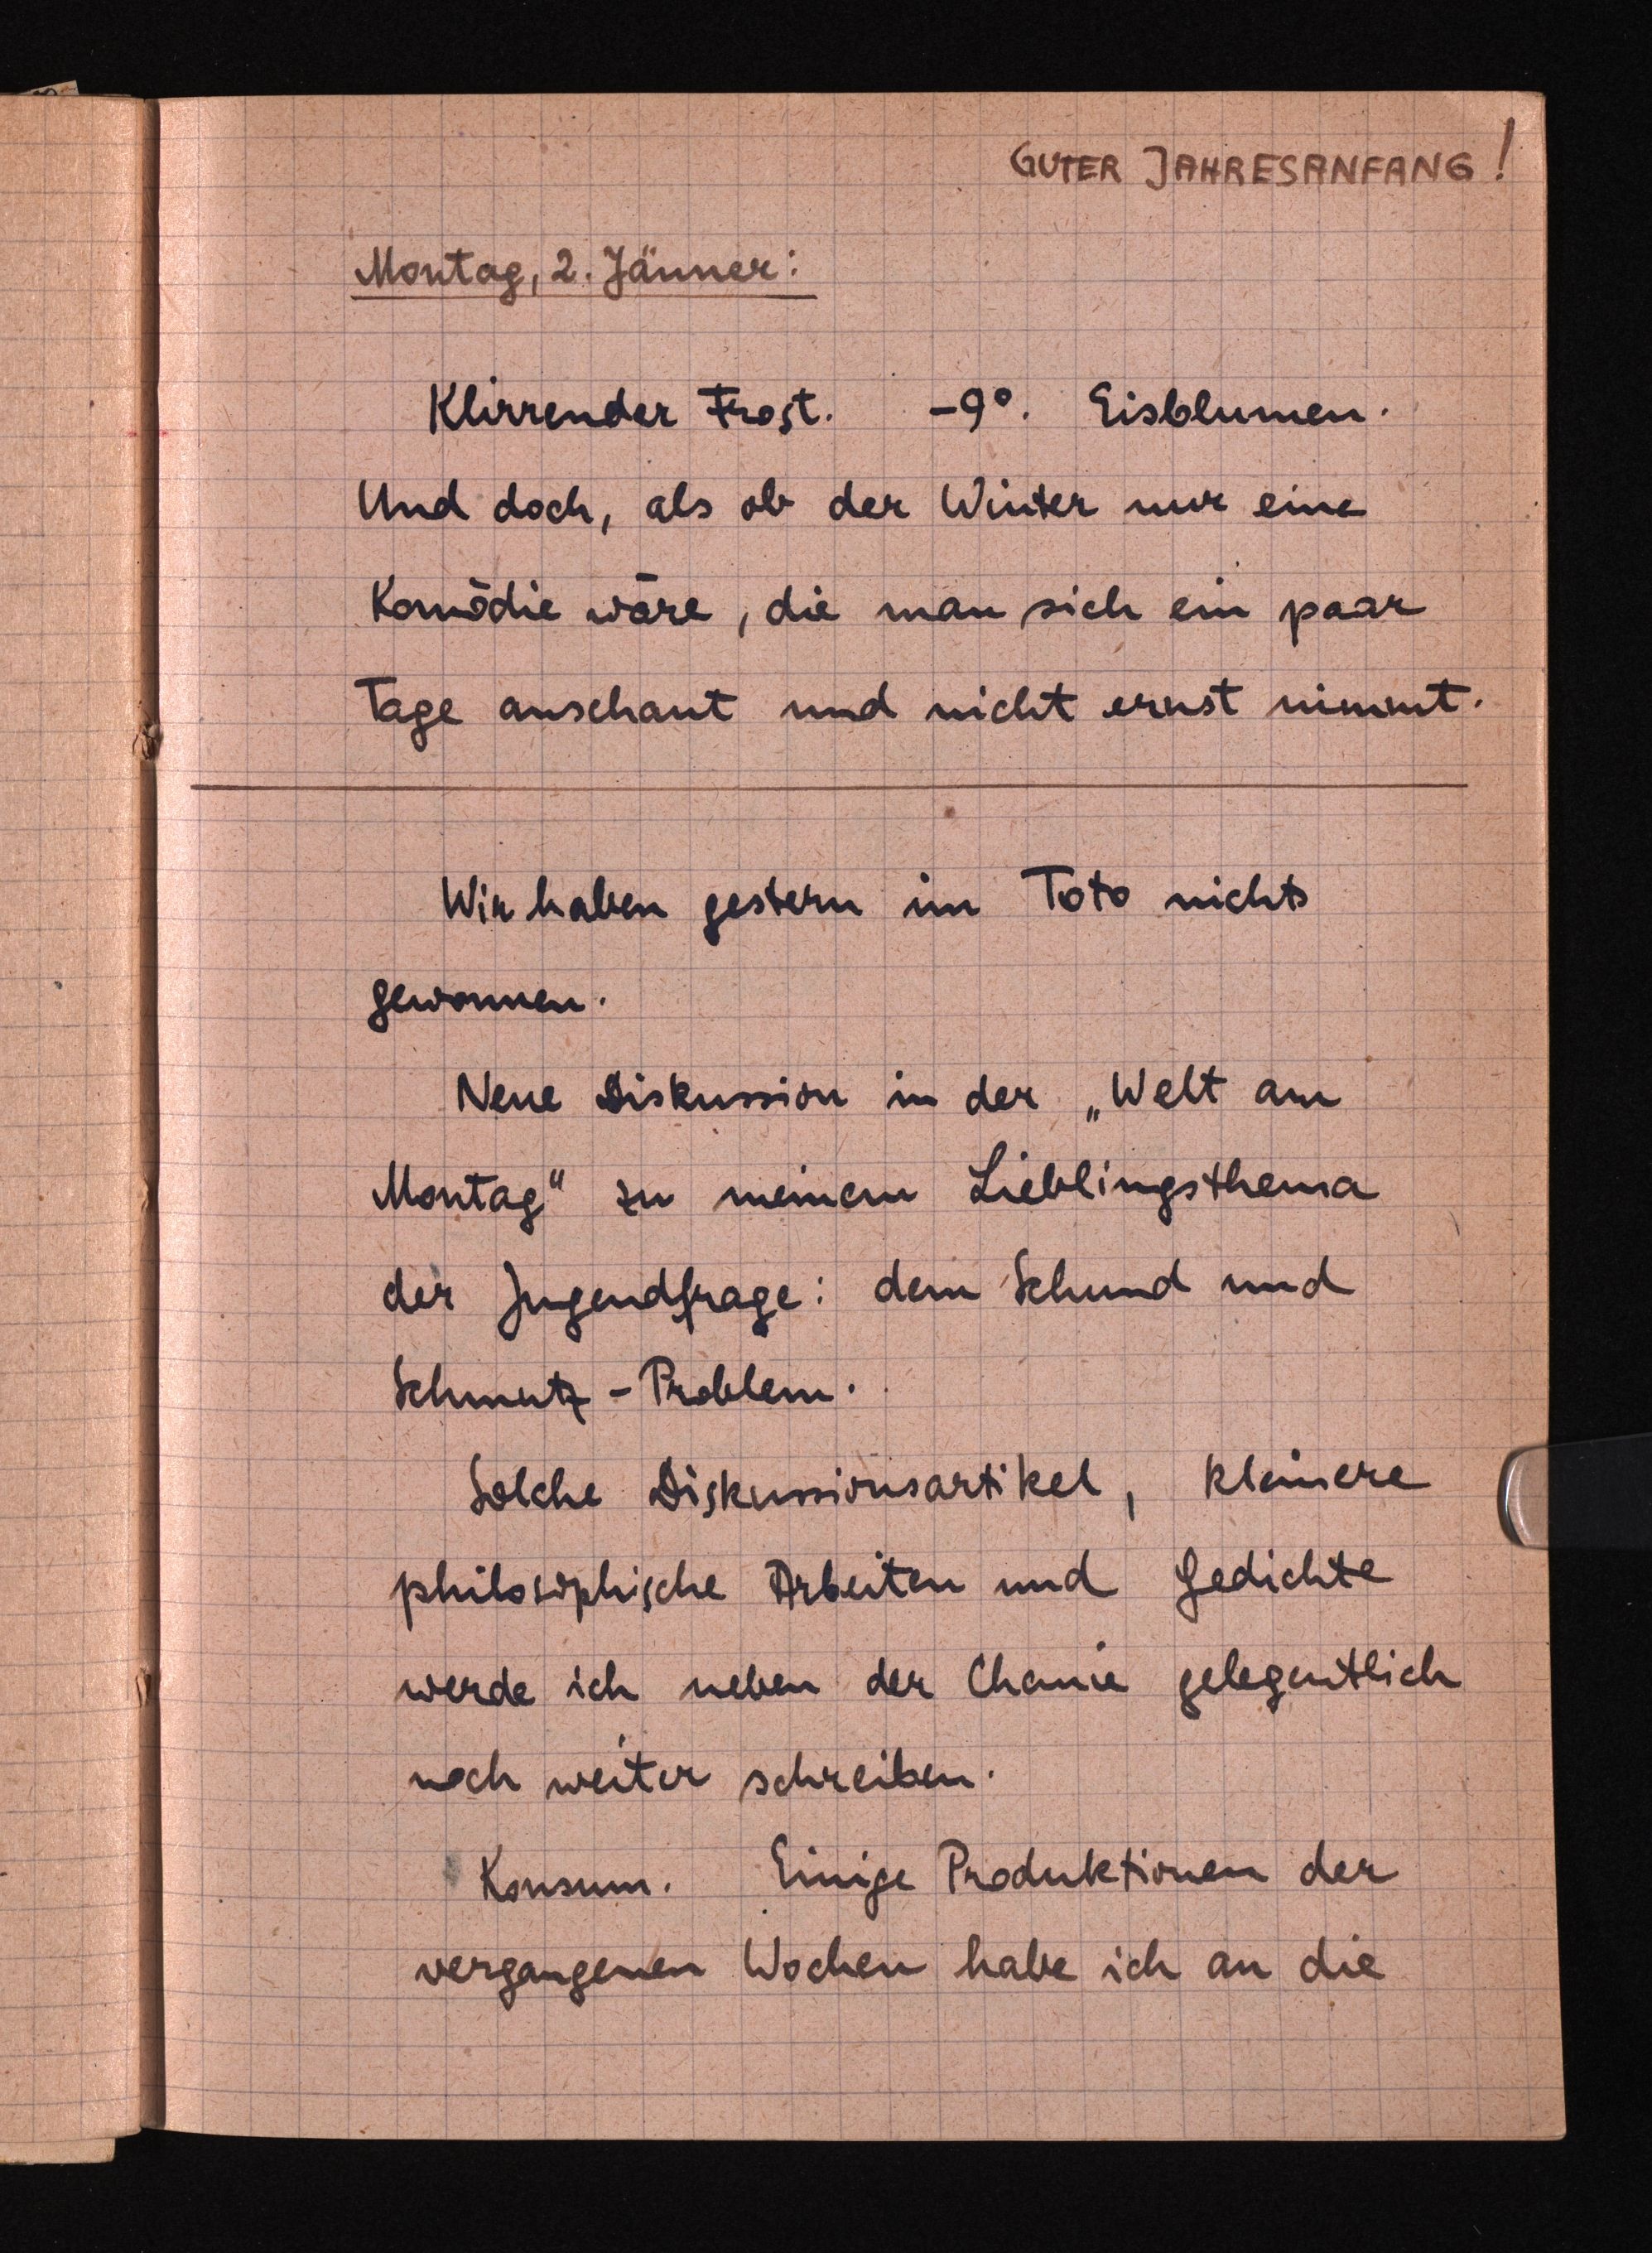
AUFER IAAAESAUFGNG
Montag, 2. Jänner:
Klirrender Frost. -9°. Eisblumen.
Und doch, als ob der Winter nur eine
Komödie wäre, die man sich ein paar
Tage anschaut und nicht ernst nimmt.
Wir haben gestern im Toto nichts
Gewonnen.
Neue Diskussion in der "Welt am
Montag" zu meinem Lieblingsthema
der Jugendfrage: dem Schund und
Schmutz-Troblem.
Solche Diskussionsartikel, kleinere
philorophische Arbeiten und Gedichte
werde ich neben der Chanie gelegentlich
noch weiter schreiben.
Konsum. Einige Produktionen der
vergangenen Wochen habe ich an die